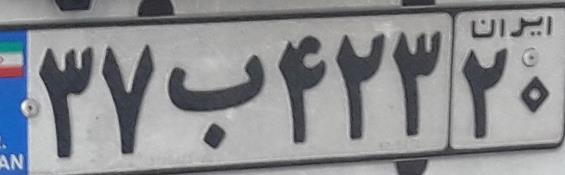
۳۷ب۴۲۳۲۰